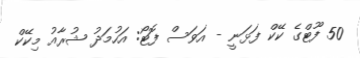
50 ފޫޓްގެ ކޭކް ފަޅަނީ - އަވަސް ފޮޓޯ: އަހުމަދު ޝުރާއު މިކޭކް